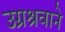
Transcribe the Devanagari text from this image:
उग्रश्रवाने